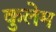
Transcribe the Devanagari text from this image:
कुलेम